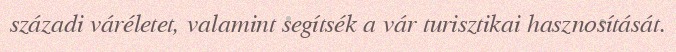
századi váréletet, valamint segítsék a vár turisztikai hasznosítását.